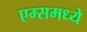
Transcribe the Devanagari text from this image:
एम्समध्ये